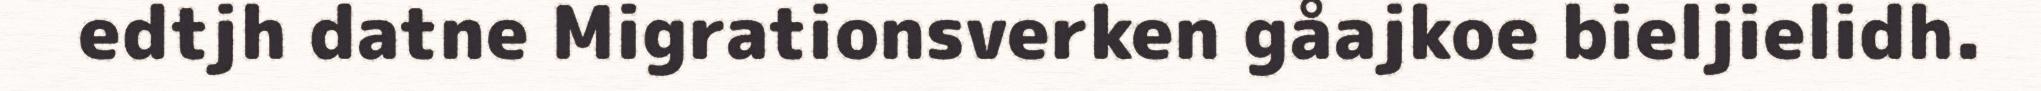
edtjh datne Migrationsverken gåajkoe bieljielidh.